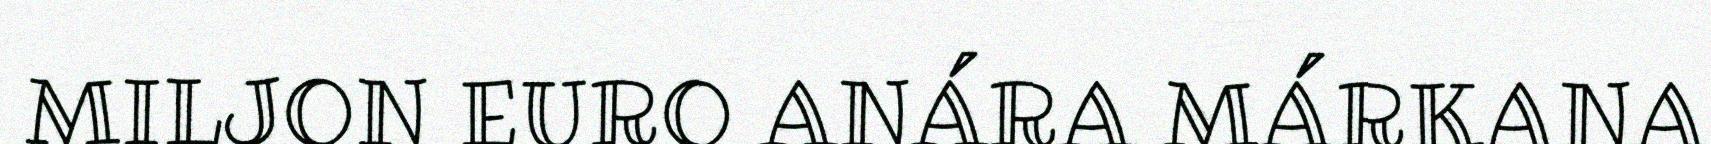
MILJON EURO ANÁRA MÁRKANA